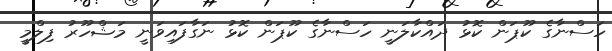
ހަސްނާގެ ކޫޕަން ކޮޅު ދައްކާލަނީ ހަސްނާގެ ކޫޕަން ކޮޅު ނަގާފައިވަނީ މަޝްހޫރު ފިލްމީ